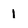
Character: 1